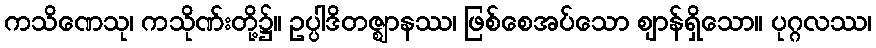
ကသိဏေသု၊ ကသိုဏ်းတို့၌။ ဥပ္ပါဒိတဇ္ဈာနဿ၊ ဖြစ်စေအပ်သော ဈာန်ရှိသော။ ပုဂ္ဂလဿ၊